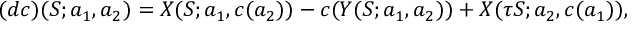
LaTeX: ( d c ) ( S ; a _ { 1 } , a _ { 2 } ) = X ( S ; a _ { 1 } , c ( a _ { 2 } ) ) - c ( Y ( S ; a _ { 1 } , a _ { 2 } ) ) + X ( \tau S ; a _ { 2 } , c ( a _ { 1 } ) ) ,